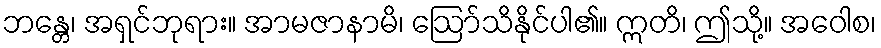
ဘန္တေ၊ အရှင်ဘုရား။ အာမဇာနာမိ၊ ဩော်သိနိုင်ပါ၏။ ဣတိ၊ ဤသို့။ အဝေါစ၊